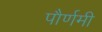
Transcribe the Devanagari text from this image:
पौर्णमी